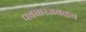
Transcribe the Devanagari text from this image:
पवनारजवळच